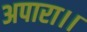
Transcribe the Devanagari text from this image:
अपारा।।